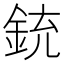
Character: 銃